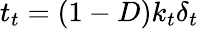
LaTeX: t_{t}=(1-D)k_{t}\delta_{t}